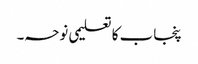
پنجاب کا تعلیمی نوحہ۔